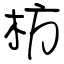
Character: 枋